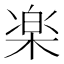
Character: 楽